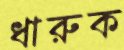
ধারুক